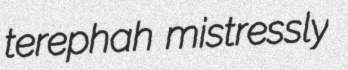
terephah mistressly